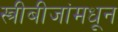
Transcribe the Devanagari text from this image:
स्त्रीबीजांमधून